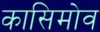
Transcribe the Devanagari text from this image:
कासिमोव